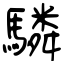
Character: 驎